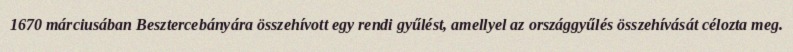
1670 márciusában Besztercebányára összehívott egy rendi gyűlést, amellyel az országgyűlés összehívását célozta meg.